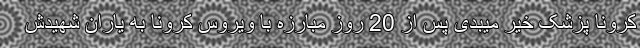
کرونا پزشک خیر میبدی پس از 20 روز مبارزه با ویروس کرونا به یاران شهیدش